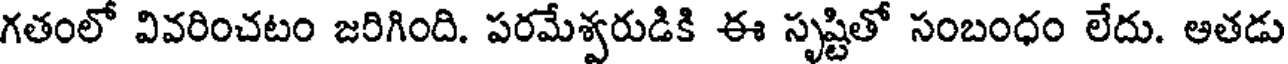
గతంలో వివరించటం జరిగింది. పరమేశ్వరుడికి ఈ సృష్టితో సంబంధం లేదు. ఆతడు